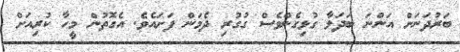
ބަރުދަނަށް އަންނަ ބަދަލާ ގުޅިގެންވެސް ގުގުރި ދެމަން ފަށައެވެ. އެގޮތުން މީހާ ކުރިއަށް